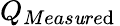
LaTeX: Q_{Meas\mathit{u}re\mathrm{d}}\,